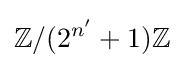
\mathbb {Z} /(2^{n'}+1)\mathbb {Z}